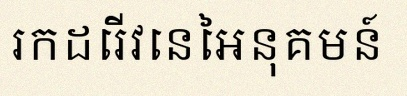
រកដេរីវេនៃអនុគមន៍